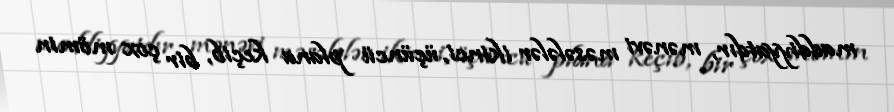
maddiyyatdır, mənəvi məsələlər ikinci, üçüncü plana keçib, bir çox mömin